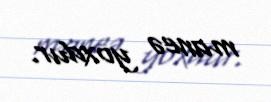
maneə yoxdur.